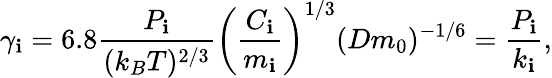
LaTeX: \gamma_{\mathbf{i}}=6.8\frac{{P_{\mathbf{i}}}}{{(k_{B}T)^{2/3}}}\left(\frac{{C_{\mathbf{i}}}}{{m_{\mathbf{i}}}}\right)^{1/3}(Dm_{0})^{-1/6}=\frac{{P_{\mathbf{i}}}}{{k_{\mathbf{i}}}},